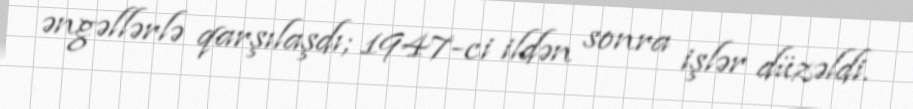
əngəllərlə qarşılaşdı; 1947-ci ildən sonra işlər düzəldi.